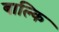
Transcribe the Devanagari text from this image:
बाल्कि